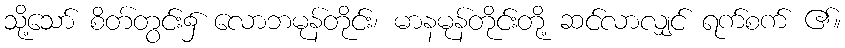
သို့သော် စိတ်တွင်း၌ လောဘမုန်တိုင်း၊ မာနမုန်တိုင်းတို့ ဆင်လာလျှင် ရက်စက် ၏။